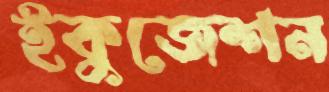
ইকুজেশন